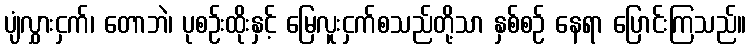
ပျံလွှားငှက်၊ တောဘဲ၊ ပုစဉ်းထိုးနှင့် မြေလူးငှက်စသည်တို့သာ နှစ်စဉ် နေရာ ပြောင်းကြသည်။